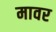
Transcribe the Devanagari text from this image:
मावर